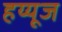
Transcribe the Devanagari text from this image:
हय्यूज